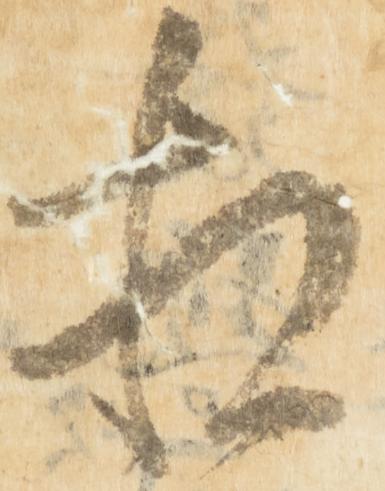
相